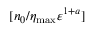
[ n _ { 0 } / \eta _ { \mathrm { m a x } } \varepsilon ^ { 1 + a } ]